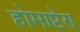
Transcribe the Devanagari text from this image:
होमाप्टेरा